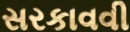
સરકાવવી